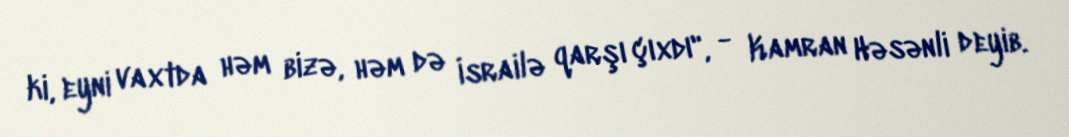
ki, eyni vaxtda həm bizə, həm də İsrailə qarşı çıxdı", - Kamran Həsənli deyib.